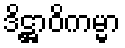
ဒိဋ္ဌာဝိကမ္မာ